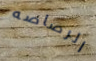
الرصاصه